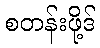
စတန်းဖို့ဒ်